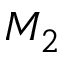
M _ { 2 }